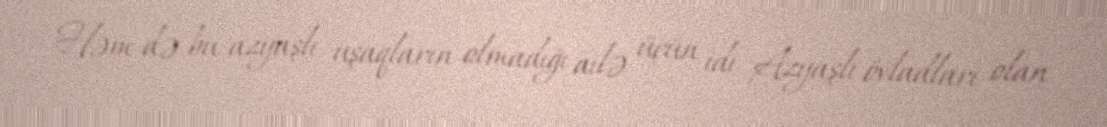
Həm də bu, azyaşlı uşaqların olmadığı ailə üçün idi. Azyaşlı övladları olan